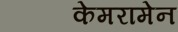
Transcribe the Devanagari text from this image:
केमरामेन